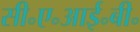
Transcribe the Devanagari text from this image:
सी॰ए॰आई॰बी॰